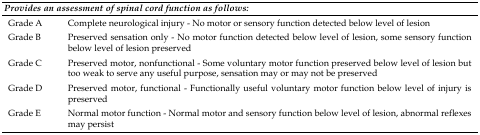
| <COLSPAN=2> Provides an assessment of spinal cord function as follows: |
 | --- | --- |
 | Grade A | Complete neurological injury - No motor or sensory function detected below level of lesion |
 | Grade B | Preserved sensation only - No motor function detected below level of lesion, some sensory function below level of lesion preserved |
 | Grade C | Preserved motor, nonfunctional - Some voluntary motor function preserved below level of lesion but too weak to serve any useful purpose, sensation may or may not be preserved |
 | Grade D | Preserved motor, functional - Functionally useful voluntary motor function below level of injury is preserved |
 | Grade E | Normal motor function - Normal motor and sensory function below level of lesion, abnormal reflexes may persist |